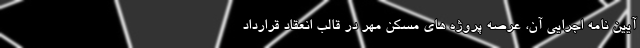
آیین نامه اجرایی آن، عرصه پروژه های مسکن مهر در قالب انعقاد قرارداد